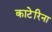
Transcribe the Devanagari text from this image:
काटेरिना